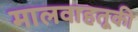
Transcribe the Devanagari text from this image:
मालवाहतूकी